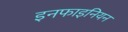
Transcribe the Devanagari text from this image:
इनफाइनियन